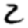
Digit: 2